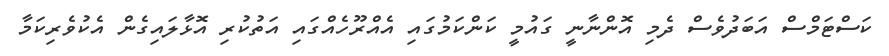
ކަސްޓަމްސް އަބަދުވެސް ދެމި އޮންނާނީ ގައުމީ ކަންކަމުގައި އެއްރޫހެއްގައި އަތުކުރި އޮޅާލައިގެން އެކުވެރިކަމާ